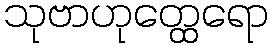
သုဗာဟုတ္ထေရော